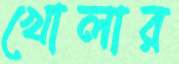
খোলার